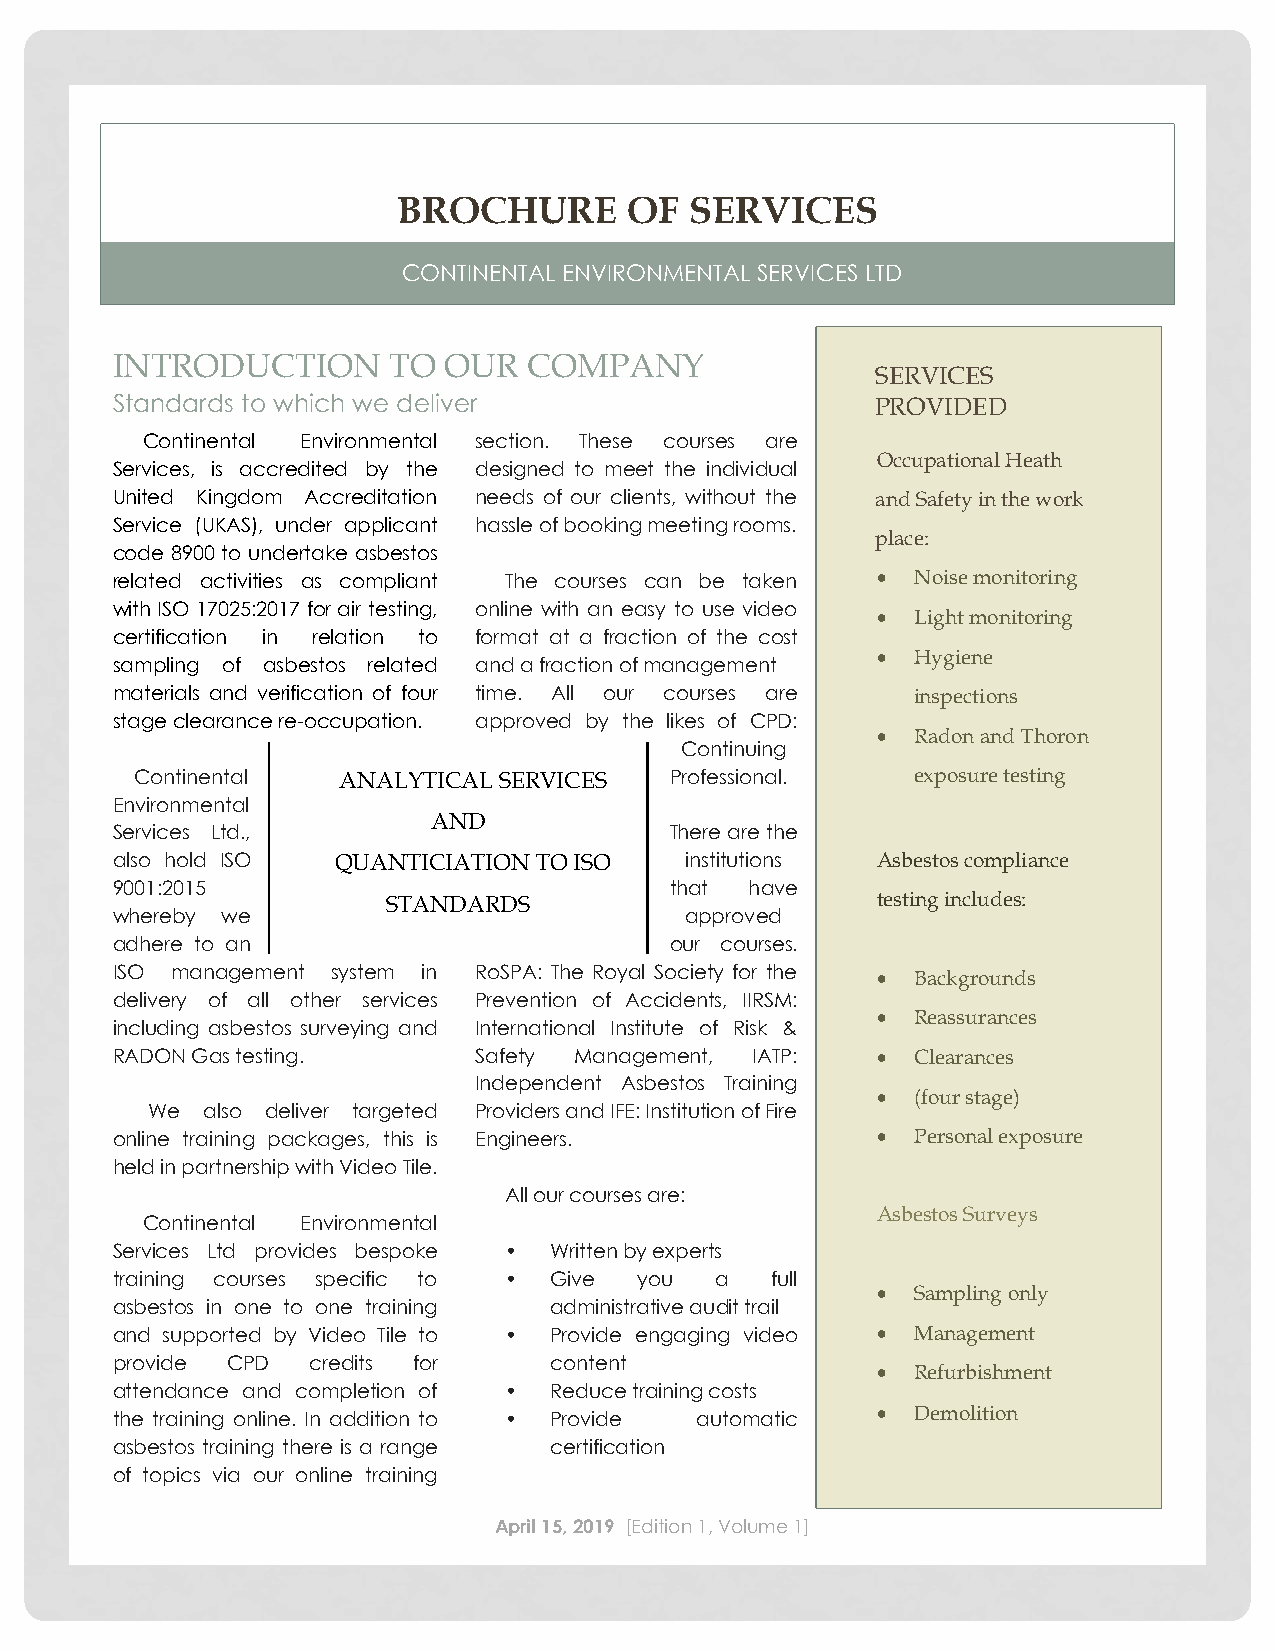
BROCHURE        OF  SERVICES
 CONTINENTAL ENVIRONMENTAL SERVICES LTD
 INTRODUCTION       TO OUR   COMPANY
 SERVICES
 Standards to which we deliver                      PROVIDED
 Continental Environmental section. These courses are
 Occupational Heath
 Services, is accredited by the designed to meet the individual
 United Kingdom Accreditation needs of our clients, without the and Safety in the work
 Service (UKAS), under applicant hassle of booking meeting rooms.
 place:
 code 8900 to undertake asbestos
 related activities as compliant The courses can be taken • Noise monitoring
 with ISO 17025:2017 for air testing, online with an easy to use video
 •  Light monitoring
 certification in relation to format at a fraction of the cost
 •  Hygiene
 sampling of asbestos related and a fraction of management
 materials and verification of four time. All our courses are inspections
 stage clearance re-occupation. approved by the likes of CPD:
 •  Radon and Thoron
 Continuing
 Continental  ANALYTICAL SERVICES   Professional.    exposure testing
 Environmental
 AND
 Services Ltd.,                       There are the
 also hold ISO  QUANTICIATION TO ISO   institutions Asbestos compliance
 9001:2015                            that  have
 STANDARDS                       testing includes:
 whereby we                            approved
 adhere to an                         our courses.
 ISO management system in RoSPA: The Royal Society for the • Backgrounds
 delivery of all other services Prevention of Accidents, IIRSM:
 •  Reassurances
 including asbestos surveying and International Institute of Risk &
 RADON Gas testing.      Safety Management, IATP:   •  Clearances
 Independent Asbestos Training
 •  (four stage)
 We also deliver targeted Providers and IFE: Institution of Fire
 online training packages, this is Engineers.       •  Personal exposure
 held in partnership with Video Tile.
 All our courses are:
 Asbestos Surveys
 Continental Environmental
 Services Ltd provides bespoke • Written by experts
 training courses specific to • Give you a   full
 •  Sampling only
 asbestos in one to one training administrative audit trail
 and supported by Video Tile to • Provide engaging video • Management
 provide CPD  credits for     content
 •  Refurbishment
 attendance and completion of • Reduce training costs
 the training online. In addition to • Provide automatic • Demolition
 asbestos training there is a range certification
 of topics via our online training
 April 15, 2019 [Edition 1, Volume 1]